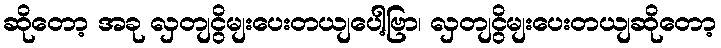
ဆိုတော့ အခု လှတျငွိမျးပေးတယျပေါ့ဗြာ၊ လှတျငွိမျးပေးတယျဆိုတော့